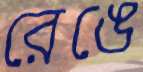
রেঙে